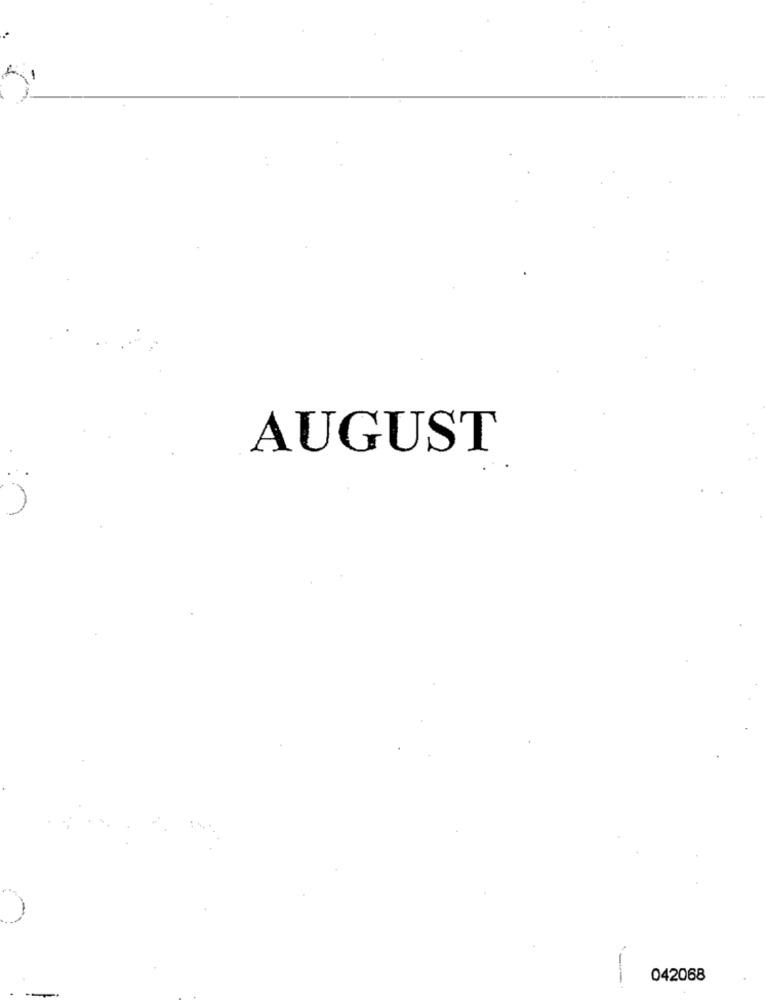
AUGUST
-
042068